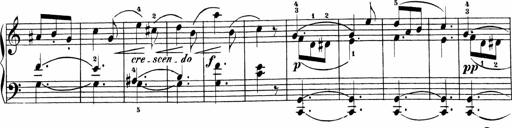
Title: Sonatinas
Composer: Andrew Violette